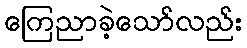
ကြေညာခဲ့သော်လည်း